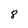
Character: 8